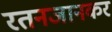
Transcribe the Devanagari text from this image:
रतनजानकर